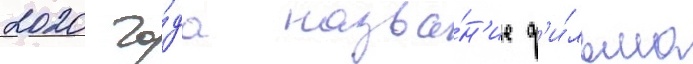
2020 го́да назва́н'ие ф'и́льма